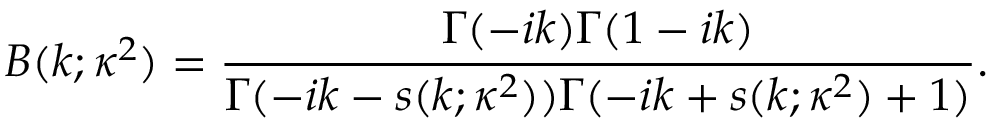
B ( k ; \kappa ^ { 2 } ) = \frac { \Gamma ( - i k ) \Gamma ( 1 - i k ) } { \Gamma ( - i k - s ( k ; \kappa ^ { 2 } ) ) \Gamma ( - i k + s ( k ; \kappa ^ { 2 } ) + 1 ) } .